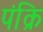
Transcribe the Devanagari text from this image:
पंक्रि